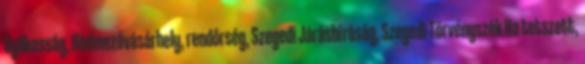
Gyilkosság, Hódmezővásárhely, rendőrség, Szegedi Járásbíróság, Szegedi Törvényszék Ha tetszett,